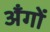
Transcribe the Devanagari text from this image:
अँगों